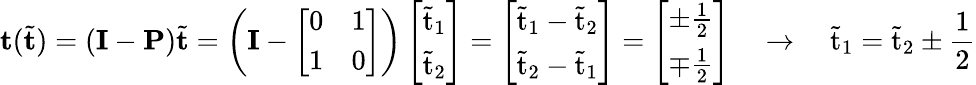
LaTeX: \mathbf{t}(\tilde{\mathbf{t}})=(\mathbf{I}-\mathbf{P})\tilde{\mathbf{t}}=\left(\mathbf{I}-\left[\begin{array}{ll}{0}&{1}\\ {1}&{0}\end{array}\right]\right)\left[\begin{array}{l}{\tilde{\mathrm{t}}_{1}}\\ {\tilde{\mathrm{t}}_{2}}\end{array}\right]=\left[\begin{array}{l}{\tilde{\mathrm{t}}_{1}-\tilde{\mathrm{t}}_{2}}\\ {\tilde{\mathrm{t}}_{2}-\tilde{\mathrm{t}}_{1}}\end{array}\right]=\left[\begin{array}{l}{\pm\frac{1}{2}}\\ {\mp\frac{1}{2}}\end{array}\right]\quad\rightarrow\quad\tilde{\mathrm{t}}_{1}=\tilde{\mathrm{t}}_{2}\pm\frac{1}{2}